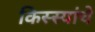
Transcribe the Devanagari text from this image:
किस्स्यांचे